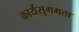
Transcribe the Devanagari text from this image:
कार्यसुगमता